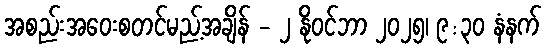
အစည်းအဝေးစတင်မည့်အချိန် - ၂ နိုဝင်ဘာ ၂၀၂၅၊ ၉:၃၀ နံနက်